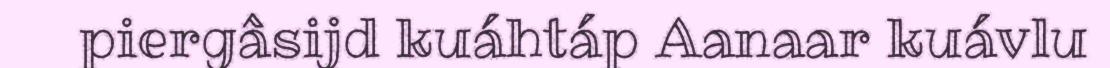
piergâsijd kuáhtáp Aanaar kuávlu